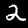
Digit: 2